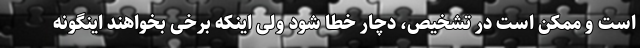
است و ممکن است در تشخیص، دچار خطا شود ولی اینکه برخی بخواهند اینگونه